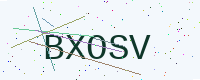
Text: BXOSV